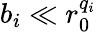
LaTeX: b_{i}\ll r_{0}^{q_{i}}